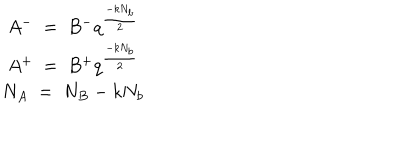
LaTeX: \begin{array} { c } { { A ^ { - } ~ = ~ B ^ { - } q ^ { \frac { - k N _ { b } } { 2 } } } } \\ { { A ^ { + } ~ = ~ B ^ { + } q ^ { \frac { - k N _ { b } } { 2 } } } } \\ { { N _ { A } ~ = ~ N _ { B } - k N _ { b } } } \\ \end{array}